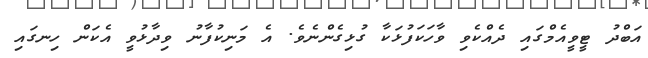
އަބްދު ޓީވީއެމްގައި ދެއްކެވި ވާހަކަފުޅަކާ ގުޅިގެންނެވެ. އެ މަނިކުފާނު ވިދާޅުވީ އެކަން ހިނގައި